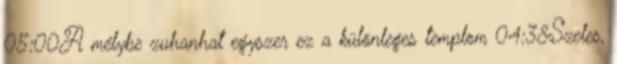
05:00A mélybe zuhanhat egyszer ez a különleges templom 04:38Szeles,